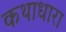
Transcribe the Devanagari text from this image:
कथाधारा